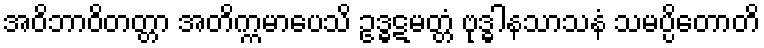
အဝိဘာဝိတတ္တာ အတိက္ကမာပေသိ ဥဒ္ဓဋမတ္တံ ဗုဒ္ဓါနသာသနံ သမပ္ပိတောတိ